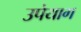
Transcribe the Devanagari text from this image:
उपेयाग